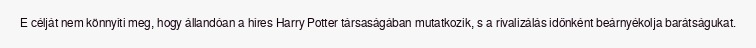
E célját nem könnyíti meg, hogy állandóan a híres Harry Potter társaságában mutatkozik, s a rivalizálás időnként beárnyékolja barátságukat.